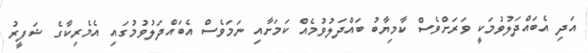
އަދި އެބައްދަލުވުމަކީ ވަރަށްވެސް ކާމިޔާބު ބައްދަލުވުމެއް ކަމަށާއި ނަމަވެސް އެބައްދަލުވުމުގައި އެމެރިކާގެ ޝަފީރު